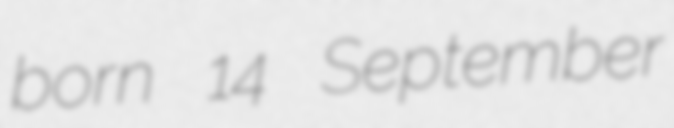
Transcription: born 14 September